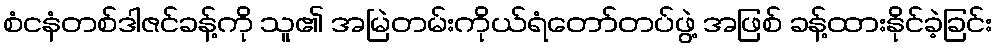
စံငနံတစ်ဒါဇင်ခန့်ကို သူ၏ အမြဲတမ်းကိုယ်ရံတော်တပ်ဖွဲ့ အဖြစ် ခန့်ထားနိုင်ခဲ့ခြင်း